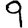
Digit: 9